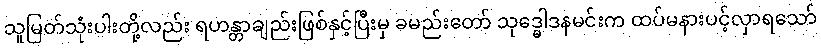
သူမြတ်သုံးပါးတို့လည်း ရဟန္တာချည်းဖြစ်နှင့်ပြီးမှ ခမည်းတော် သုဒ္ဓေါဒနမင်းက ထပ်မနားပင့်လှာရသော်